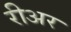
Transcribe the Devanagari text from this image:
रीअर